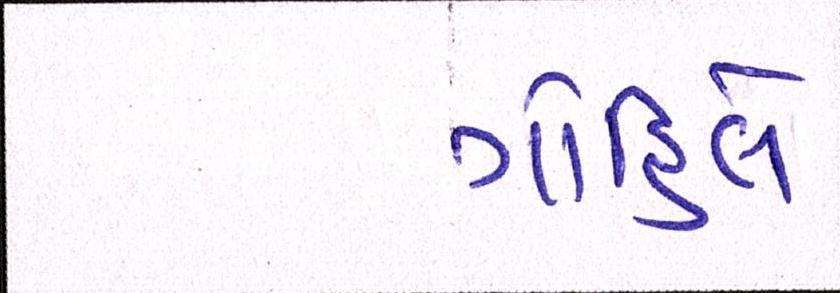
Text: ગોહિલે